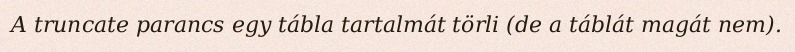
A truncate parancs egy tábla tartalmát törli (de a táblát magát nem).